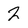
Character: 2